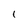
Character: 1